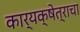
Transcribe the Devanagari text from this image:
कार्यक्षेत्राचा